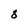
Character: 8